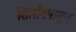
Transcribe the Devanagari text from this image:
शिलाँगपासून